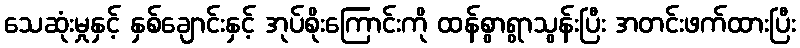
သေဆုံးမှုနှင့် နှစ်ချောင်းနှင့် အုပ်စိုးကြောင်းကို ထန်စွာရွာသွန်းပြီး အတင်းဖက်ထားပြီး